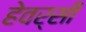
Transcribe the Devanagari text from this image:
हेवर्सी